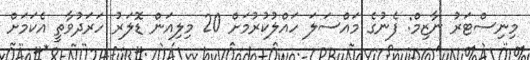
މިނިސްޓަރު ނާޒިމް: ފެނުގެ މައްސަލަ ހައްލުކުރުމަށް 20 މިލިއަން ޑޮލަރު ހަރަދުވާތީ އެކަމަށް